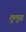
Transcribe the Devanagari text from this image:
तुलूस